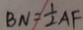
B N = \frac { 1 } { 2 } A F